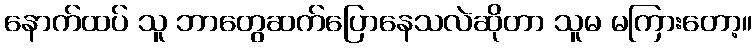
နောက်ထပ် သူ ဘာတွေဆက်ပြောနေသလဲဆိုတာ သူမ မကြားတော့။